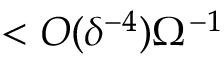
< { \cal O } ( \delta ^ { - 4 } ) \Omega ^ { - 1 }